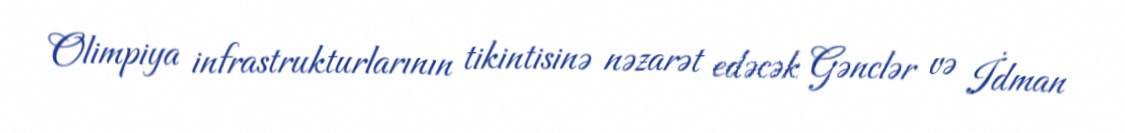
Olimpiya infrastrukturlarının tikintisinə nəzarət edəcək Gənclər və İdman